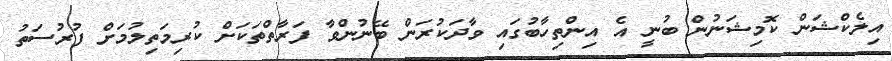
އިލެކްޝަން ކޮމިޝަނުން ބުނީ އެ އިންތިހާބުގައި ވާދަކުރަން ބޭނުންވާ ފަރާތްތަކަށް ކުރިމަތިލުމަށް ފުރުސަތު